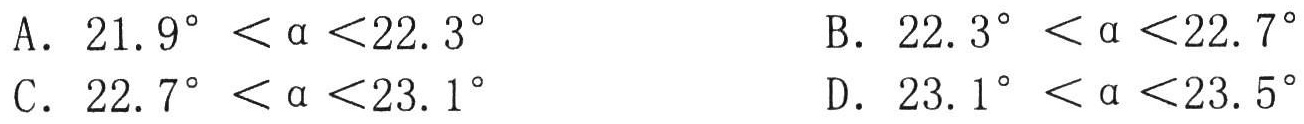
A. \(21.9^{\circ} < \alpha < 22.3^{\circ}\)
B. \(22.3^{\circ} < \alpha < 22.7^{\circ}\)
C. \(22.7^{\circ} < \alpha < 23.1^{\circ}\)
D. \(23.1^{\circ} < \alpha < 23.5^{\circ}\)